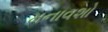
મનાવશો